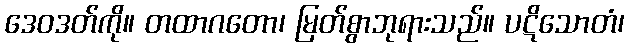
ဒေဝဒတ်ကို။ တထာဂတော၊ မြတ်စွာဘုရားသည်။ ပဋိသောတံ၊